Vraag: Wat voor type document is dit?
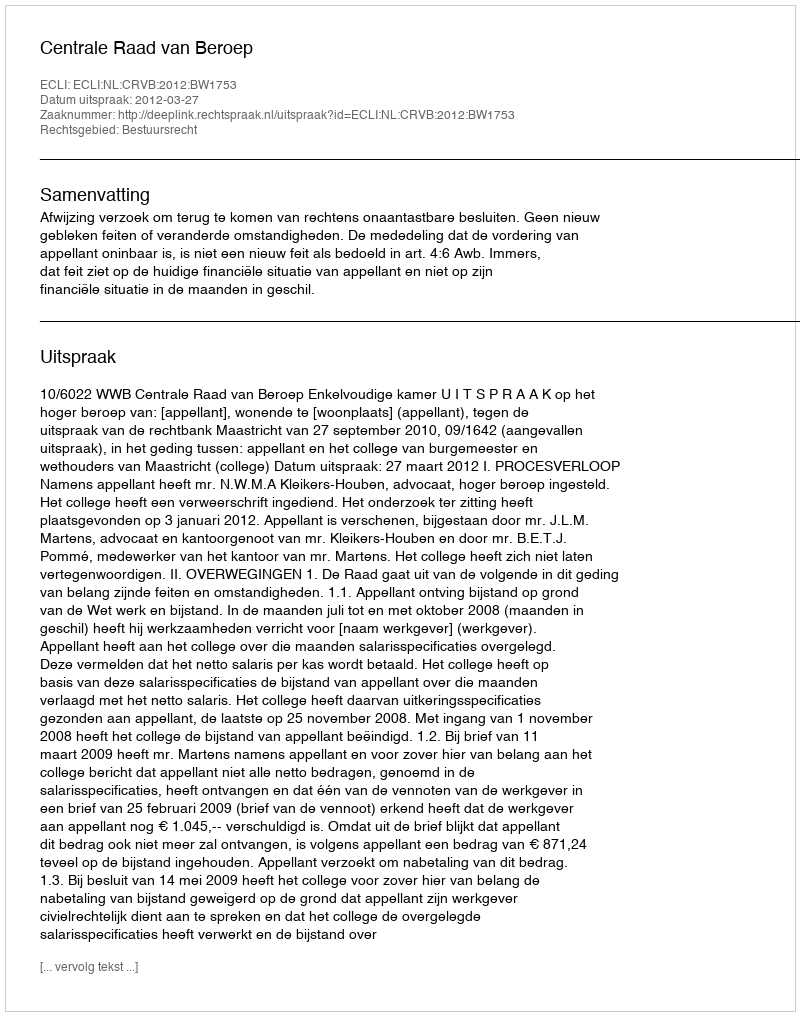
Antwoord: Uitspraak